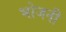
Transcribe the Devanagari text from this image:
भोजनी